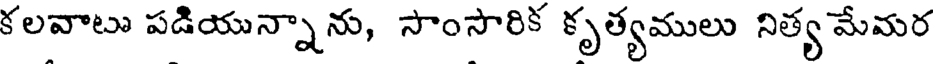
కలవాటు పడియున్నాను, సాంసారిక కృత్యములు నిత్య మేమర